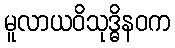
မူလာယဝိသုဒ္ဓိနဝက